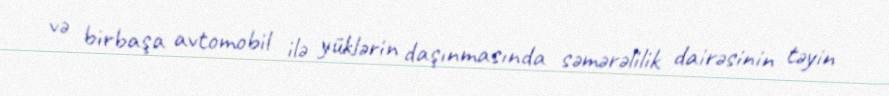
və birbaşa avtomobil ilə yüklərin daşınmasında səmərəlilik dairəsinin təyin